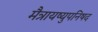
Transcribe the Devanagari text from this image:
मैत्रायष्युपनिषद